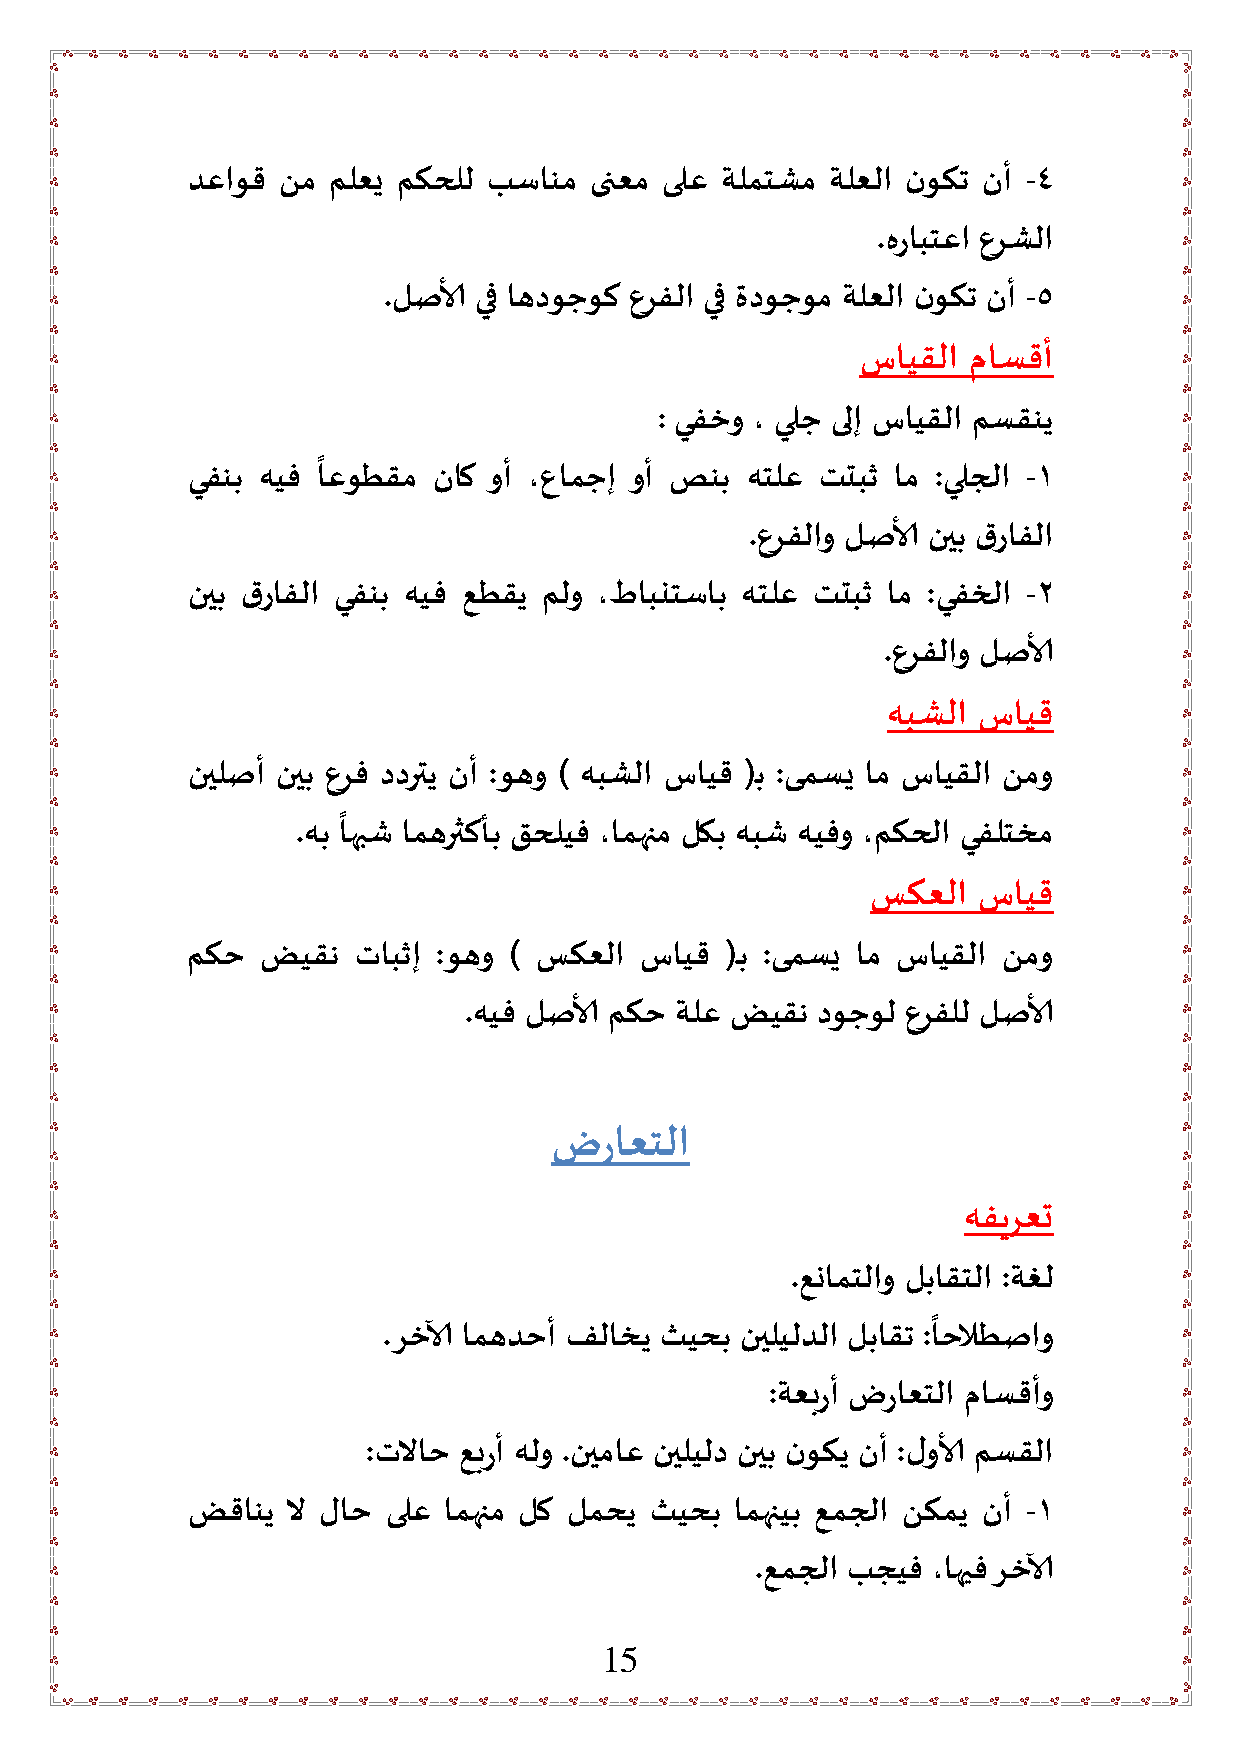
دعاوق نم  ملعي مكحلل بسانم ىنعم ىلع ةلمتشم ةلعلا نوكت نأ -4
 .هرابتعا عرشلا
 .لصالأ يف اهدوجوك عرفلا يف مدوجوم ةلعلا نوكت نأ -5
 سايقلا ماسقأ
 : يفخو ، يلج ىلإ سايقلا مسقني
 ً
 يفنب هيف اعوطقم  ناك وأ ،عامجإ وأ صنب هتلع تتبث ام :يلجلا -1
 .عرفلاو لصالأ نيب قرافلا
 نيب قرافلا يفنب هيف عطقي ملو ،طابنتساب هتلع تتبث ام :يفخلا -2
 .عرفلاو لصالأ
 هبشلا سايق
 نيلصأ نيب عرف ددرتي نأ :وهو ) هبشلا سايق (ـب :ىمسي ام سايقلا نمو
 ً
 .هب اهبش امهرثكأب قحليف ،امهام لكب هبش هيفو ،مكحلا يفلتخم
 سكعلا  سايق
 مكح  ضيقن  تابثإ :وهو ) سكعلا سايق  (ـب :ىمسي ام سايقلا نمو
 .هيف لصالأ مكح ةلع ضيقن دوجول عرفلل لصالأ
 ضراعتلا
 هفيرعت
 .عنامتلاو لباقتلا :ةغل
 ً
 .رخالآ امهدحأ فلاخي ثيحب نيليلدلا لباقت :احلاطصاو
 :ةعبرأ ضراعتلا ماسقأو
 :تلااح عبرأ هلو .نيماع نيليلد نيب نوكي نأ :لوالأ مسقلا
 ضقاني  لا لاح ىلع امهام لك لمحي ثيحب امهايب عمجلا نكمي نأ -1
 .عمجلا بجيف ،اهيف رخالآ
 15